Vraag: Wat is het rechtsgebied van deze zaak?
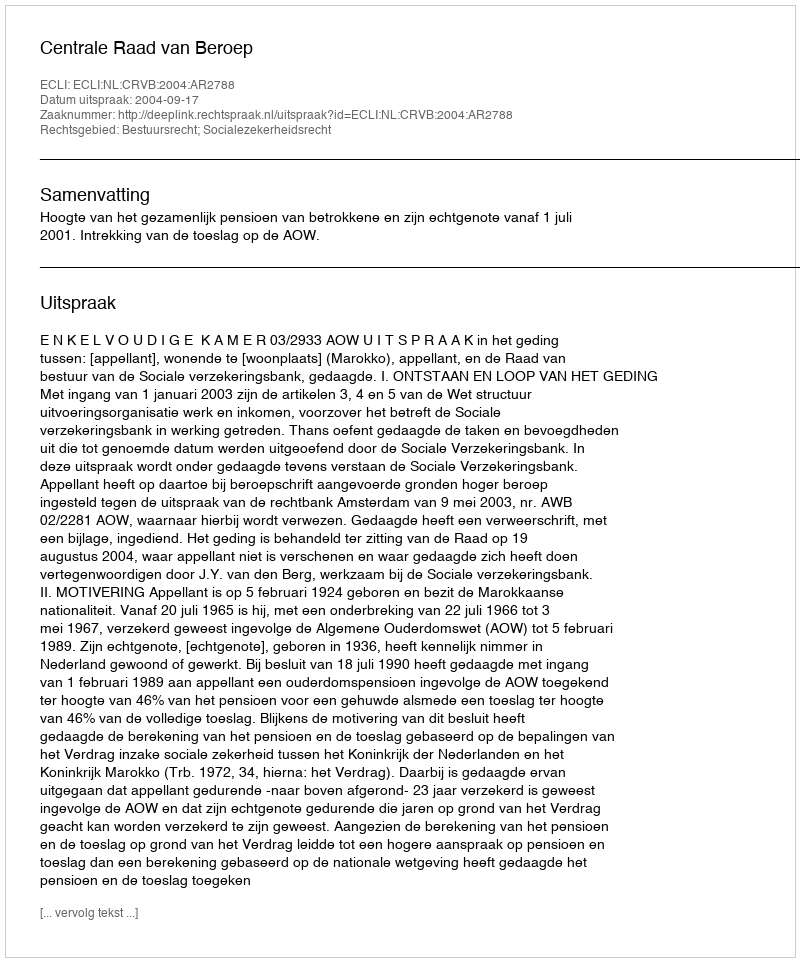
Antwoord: Bestuursrecht; Socialezekerheidsrecht